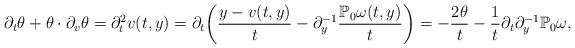
LaTeX: \begin{align*}\partial_t\theta+\theta\cdot \partial_v\theta=\partial_t^2v(t,y)=\partial_t\bigg(\frac{y-v(t,y)}{t}-\partial_y^{-1}\frac{\mathbb{P}_0\omega(t,y)}{t}\bigg)=-\frac{2\theta}{t}-\frac{1}{t}\partial_t\partial_y^{-1}\mathbb{P}_0\omega,\end{align*}